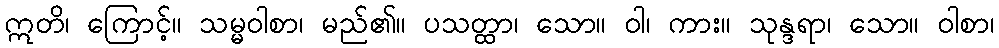
ဣတိ၊ ကြောင့်။ သမ္မဝါစာ၊ မည်၏။ ပသတ္ထာ၊ သော။ ဝါ၊ ကား။ သုန္ဒရာ၊ သော။ ဝါစာ၊